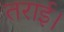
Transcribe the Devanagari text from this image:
तराई।